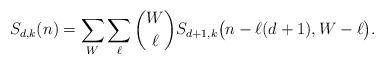
LaTeX: \begin{align*} S_{d,k}(n) = \sum_W \sum_{\ell} \binom{W}{\ell} S_{d+1,k}\big(n-\ell(d+1), W-\ell\big) .\end{align*}